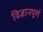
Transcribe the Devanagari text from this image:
विज्ञानपूर्ण